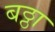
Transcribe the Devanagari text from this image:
बठ्ठा